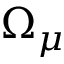
\Omega _ { \mu }